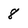
Character: 8